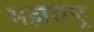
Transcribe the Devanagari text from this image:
महाराष्‍ट्र